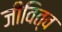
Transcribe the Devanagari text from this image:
जीवित्व